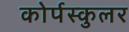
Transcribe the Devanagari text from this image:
कोर्पस्कुलर